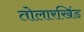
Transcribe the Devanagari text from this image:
तोलारखिंड